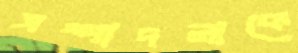
সম্পাদনাকে